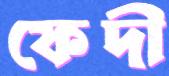
ফেদী